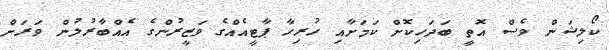
ކޯލިޝަން ވެސް އޮތީ ބަދަހިކޮށް ކަމަށާއި ހުރިހާ ޕާޓީއެއްގެ ވަޒީރުންގެ އެއްބާރުލުން ވަރަށް